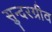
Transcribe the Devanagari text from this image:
सुन्दरग्रीव